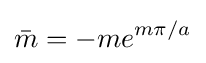
{\bar {m}}=-me^{m\pi /a}